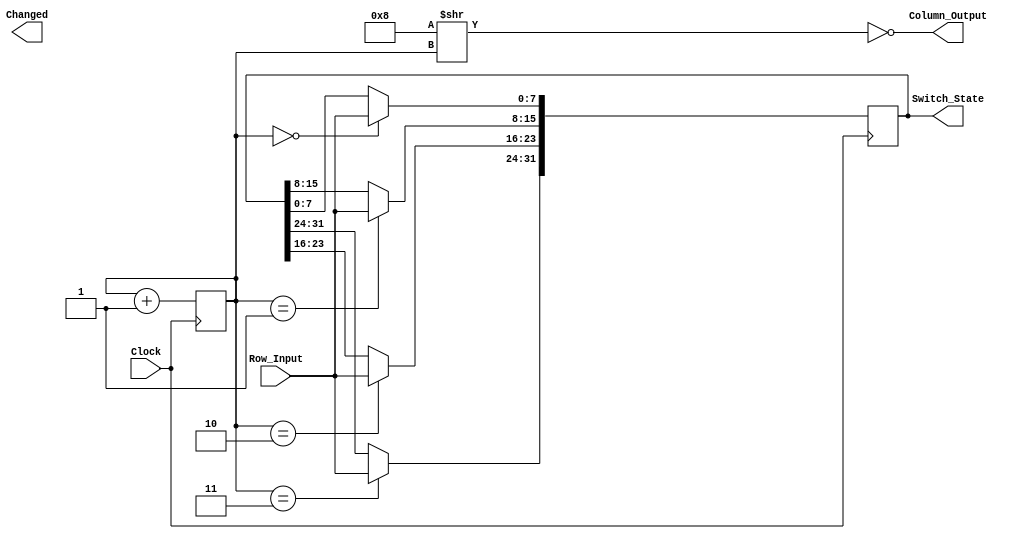
module Key_Matrix_Driver_v1_0 (
	output  Changed,
	output [3:0] Column_Output,
	output reg [31:0] Switch_State,
	input   Clock,
	input  [7:0] Row_Input
);
	parameter Generate_Interrupt = 0;

//`#start body` -- edit after this line, do not edit this line
    generate
    if (Generate_Interrupt == 1)
    begin
        reg [1:0] cnt;  // Current column
        reg changed_reg;

        // De-sequence the count as the output. It only has 1 pin high at a time
        assign Column_Output = ~(4'b1000 >> cnt); // Hopefully, this optimizes to a LUT instead of SHIFT8 bullshit

        // Changed interrupt only goes high after all rows are polled
        assign Changed = (cnt == 2'b00) && changed_reg;

        always @ (posedge Clock)
        begin
            cnt <= cnt + 1;
            Switch_State <= Switch_State;  // Ensure all pins have default assignment
            case(cnt)
                2'b00:
                begin
                    Switch_State[7:0] <= Row_Input;
                    if(Switch_State[7:0] != Row_Input)
                    begin
                        changed_reg <= 1;
                    end
                    else
                    begin
                        changed_reg <= 0;
                    end
                end
                2'b01:
                begin
                    Switch_State[15:8] <= Row_Input;
                    if(Switch_State[15:8] != Row_Input)
                    begin
                        changed_reg <= 1;
                    end
                    else
                    begin
                        changed_reg <= changed_reg;
                    end
                end
                2'b10:
                begin
                    Switch_State[23:16] <= Row_Input;
                    if(Switch_State[23:16] != Row_Input)
                    begin
                        changed_reg <= 1;
                    end
                    else
                    begin
                        changed_reg <= changed_reg;
                    end
                end
                2'b11:
                begin
                    Switch_State[31:24] <= Row_Input;
                    if(Switch_State[31:24] != Row_Input)
                    begin
                        changed_reg <= 1;
                    end
                    else
                    begin
                        changed_reg <= changed_reg;
                    end
                end
        	endcase
        end
    end
    else // Do not generate interrupt
    begin
        reg [1:0] cnt;  // Current column

        // De-sequence the count as the output. It only has 1 pin high at a time
        assign Column_Output = ~(4'b1000 >> cnt); // Hopefully, this optimizes to a LUT instead of SHIFT8 

        always @ (posedge Clock)
        begin
            cnt <= cnt + 1;
            Switch_State <= Switch_State;  // Ensure all pins have default assignment
            case(cnt)
                2'b00:
                begin
                    Switch_State[7:0] <= Row_Input;
                end
                2'b01:
                begin
                    Switch_State[15:8] <= Row_Input;
                end
                2'b10:
                begin
                    Switch_State[23:16] <= Row_Input;
                end
                2'b11:
                begin
                    Switch_State[31:24] <= Row_Input;
                end
        	endcase
        end
    end
    endgenerate

//`#end` -- edit above this line, do not edit this line
endmodule